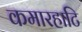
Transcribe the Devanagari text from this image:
कमारहाटि